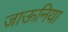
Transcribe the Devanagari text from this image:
जाऊनिया